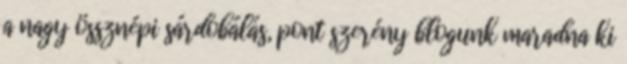
a nagy össznépi sárdobálás, pont szerény blogunk maradna ki